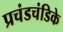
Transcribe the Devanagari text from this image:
प्रचंडचंडिके